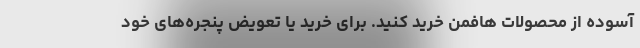
آسوده از محصولات هافمن خرید کنید. برای خرید یا تعویض پنجره‌های خود